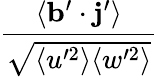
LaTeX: \frac{\langle\mathbf{b}^{\prime}\cdot\mathbf{j}^{\prime}\rangle}{\sqrt{\langle u^{\prime 2}\rangle\langle w^{\prime 2}\rangle}}